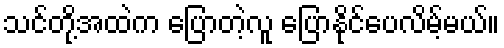
သင်တို့အထဲက ပြောတဲ့လူ ပြောနိုင်ပေလိမ့်မယ်။